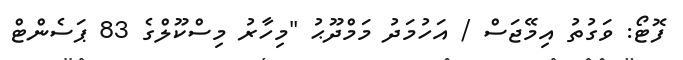
ފޮޓޯ: ވަގުތު އިމޭޖަސް / އަހުމަދު މަމްދޫޙު "މިހާރު މިސްކޫލްގެ 83 ޕަސެންޓް